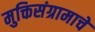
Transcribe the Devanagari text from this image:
मुक्तिसंग्रामाचे